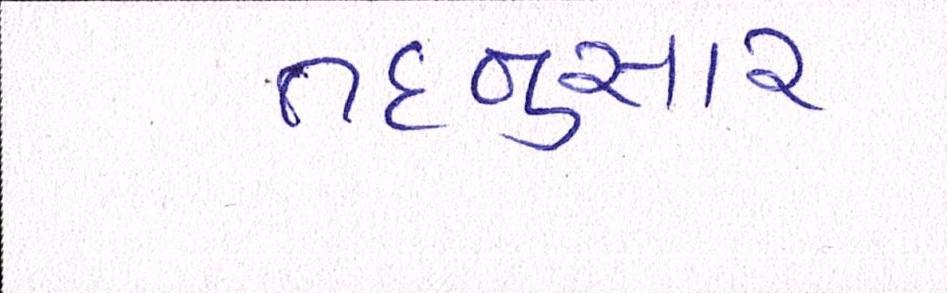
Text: તદનુસાર